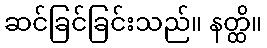
ဆင်ခြင်ခြင်းသည်။ နတ္ထိ။